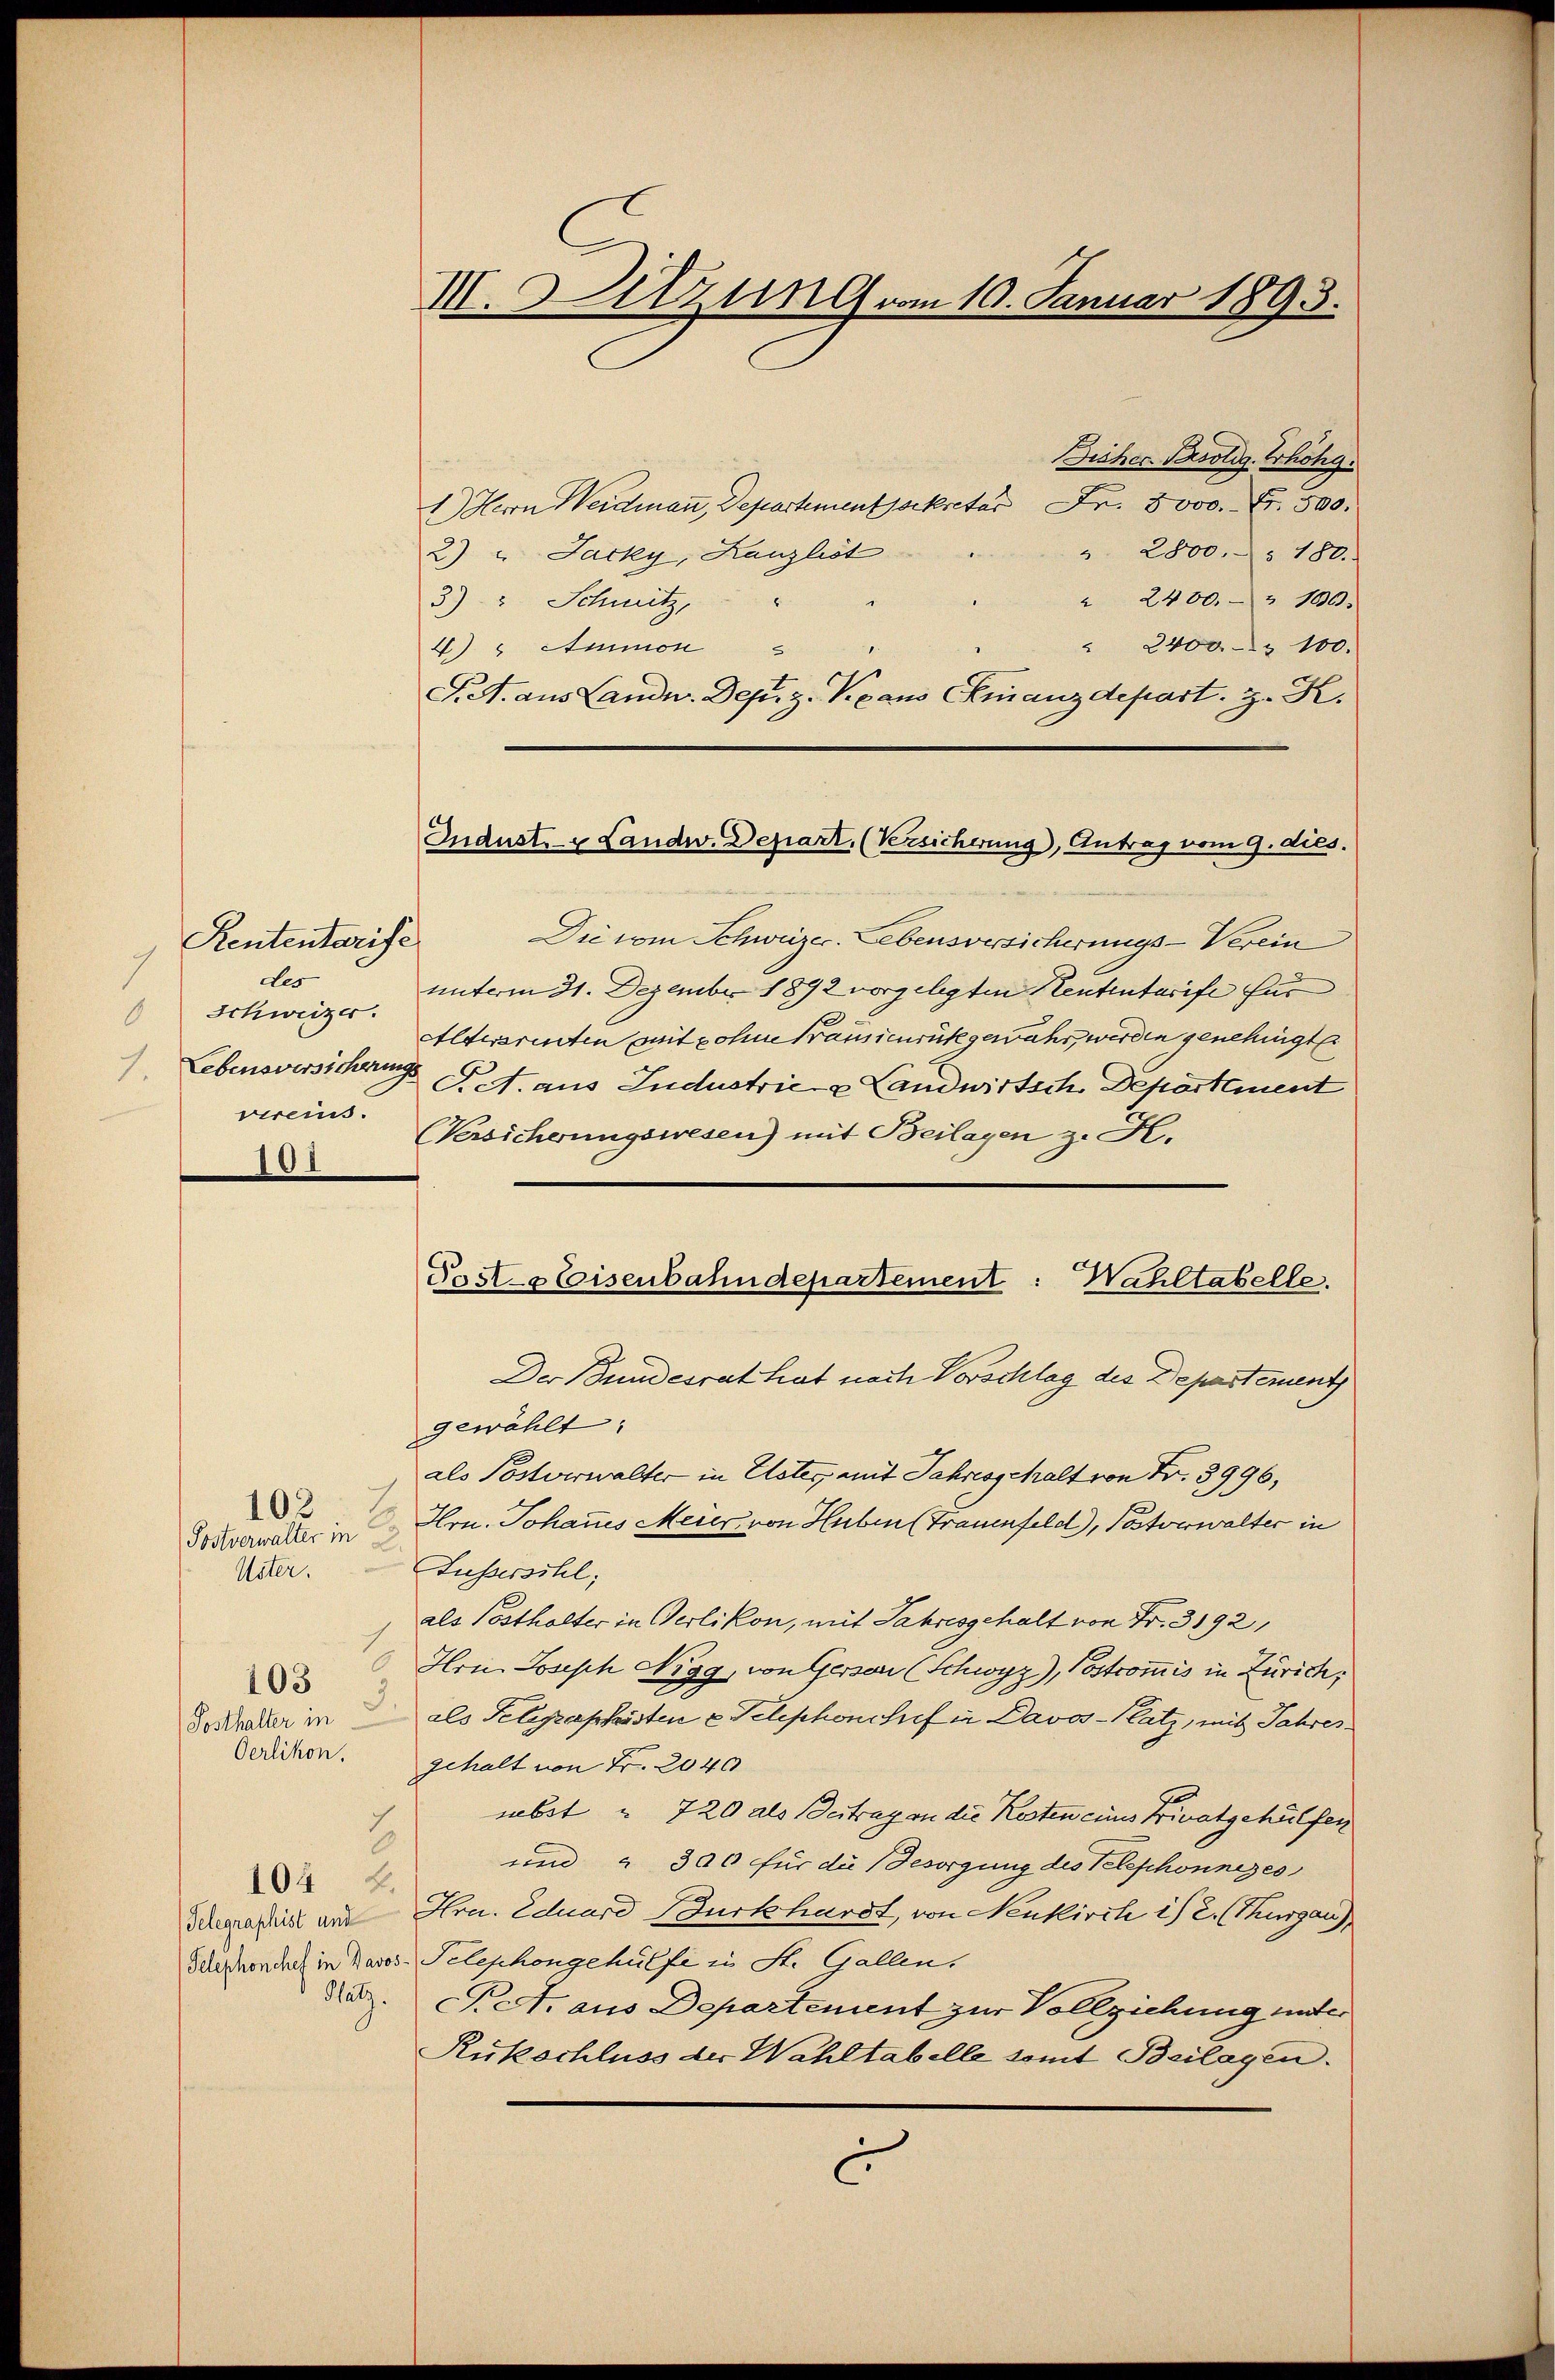
Rententarise
7
des
Schweizer.
 Lebensversicherungs
vereins.
101

Postverwalter in
Uster.
103
Sosthalter in

103

104 f.

1.) Herrn Weidmann, Departementsekretar Fr. 8000. Fr. 500.
2) " Jacky, Kanzlist
3) " Schnitz,
4.) " Ammon
Sit. aus Landw. Des. z. Kraus Finanzdepart. z. R.
Die vom Schweizer. Lebensversicherungs-Verein
unterm 21. Dezember 1892 vorgelegten Rententarife für |
Alterrenten mit ohne Krausieurückgewahr werden genehmigt
P.c. aus Industrie u Landwirtsche Departement
(Versicherungswesen) mit Beilagen z. K.
Der Bundesrat hat nach Vorschlag des Departement
gewählt:
als Postverwalter in Uster, mit Jahresschalt von Fr. 8996,
Hrn. Johannes Meier von Huben (Frauenfeld), Postverwalter in
Lussersihl,
als Posthalter in Oerlikon, mit Jahresgehalt von Fr. 3192,
Hrn Joseph Nigg, von Gersau (Schwyz), Postcommis in Zürich,
3.
als Telegraphisten u. Telephonshof in Davos- Platz, mit Jahres
Oerlikon. gehalt von Fr. 2040
nebst u. 720 als Beitrag von die Kosten eines Privatgehülfen
2
und " 300 für die Besorgung des Telephonnezes
Schgraphist an Hrn. Eduard Burkhardt, von Neukirch ist. (Thurgau)
Schphonchef in Davos-Telephongehülfe in St. Gallen.
Satz. Rest aus Departement zur Vollziehung unter
Ruckschluss der Wahltabelle somit Beilagen.
c

III. Sitzung vom 10. Januar 1893.

Indust- & Landw. Depart. (Versicherung, Antrag vom 9. dies.

Post-Eisenbahndepartement: Wahltabelle.

Bicher Persolig. Erhöhg.
" 2800. § 180.
" 2400. u 100.
" 2400.- 100.